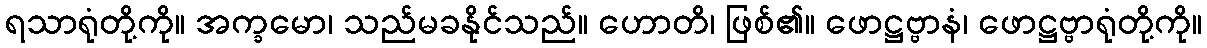
ရသာရုံတို့ကို။ အက္ခမော၊ သည်မခနိုင်သည်။ ဟောတိ၊ ဖြစ်၏။ ဖောဋ္ဌဗ္ဗာနံ၊ ဖောဋ္ဌဗ္ဗာရုံတို့ကို။